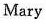
Mary